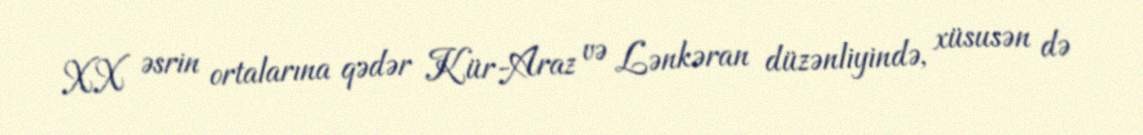
XX əsrin ortalarına qədər Kür-Araz və Lənkəran düzənliyində, xüsusən də